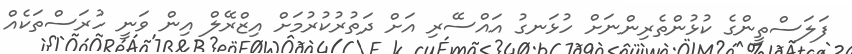
ފަލަސްތީންގެ ކުޅުންތެރިންނަށް ހުޅަނގު އައްސޭރި އަށް ދަތުރުކުރުމަށް އިޒްރޭލް އިން ވަނީ ހުރަސްތަކެއް